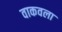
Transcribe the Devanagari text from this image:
वाकवला